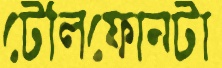
টেলিফোনটা